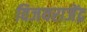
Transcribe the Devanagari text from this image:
विजयराजेंद्र